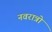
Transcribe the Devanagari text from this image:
नवरात्रो